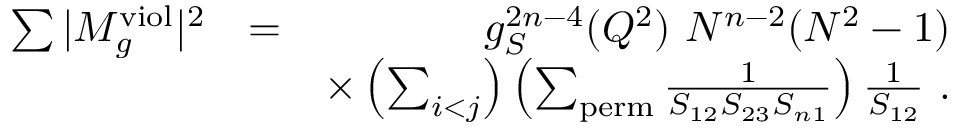
\begin{array} { r l r } { \sum \vert M _ { g } ^ { \mathrm { v i o l } } \vert ^ { 2 } } & { = } & { g _ { S } ^ { 2 n - 4 } ( Q ^ { 2 } ) ~ N ^ { n - 2 } ( N ^ { 2 } - 1 ) } \\ & { } & { \times \left( \sum _ { i < j } \right) \left( \sum _ { \mathrm { p e r m } } \frac { 1 } { S _ { 1 2 } S _ { 2 3 } S _ { n 1 } } \right) \frac { 1 } { S _ { 1 2 } } ~ . } \end{array}